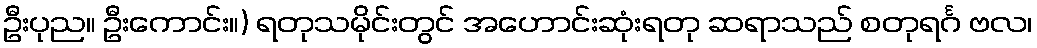
ဦးပုည။ ဦးကောင်း။) ရတုသမိုင်းတွင် အဟောင်းဆုံးရတု ဆရာသည် စတုရင်္ဂ ဗလ၊